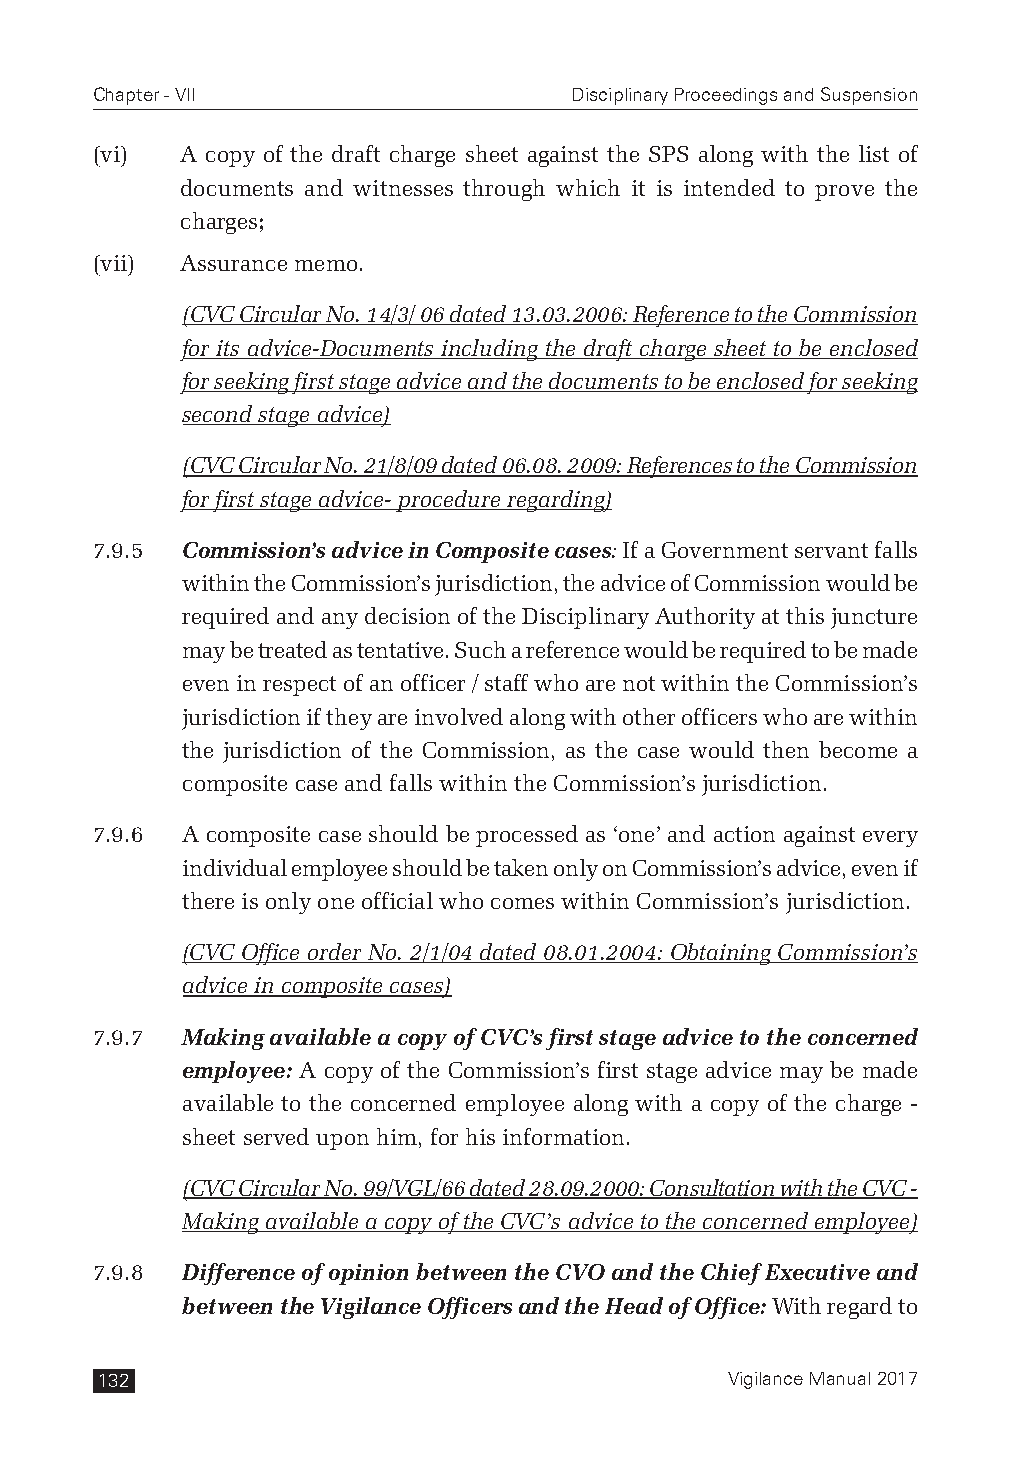
Chapter - VII                   Disciplinary Proceedings and Suspension
 (vi)  A copy of the draft charge sheet against the SPS along with the list of
 documents and witnesses through which it is intended to prove the
 charges;
 (vii) Assurance memo.
 (CVC Circular No. 14/3/ 06 dated 13.03.2006: Reference to the Commission
 for its advice-Documents including the draft charge sheet to be enclosed
 for seeking first stage advice and the documents to be enclosed for seeking
 second stage advice)
 (CVC Circular No. 21/8/09 dated 06.08. 2009: References to the Commission
 for first stage advice- procedure regarding)
 7.9.5 Commission’s advice in Composite cases: If a Government servant falls
 within the Commission’s jurisdiction, the advice of Commission would be
 required and any decision of the Disciplinary Authority at this juncture
 may be treated as tentative. Such a reference would be required to be made
 even in respect of an officer / staff who are not within the Commission’s
 jurisdiction if they are involved along with other officers who are within
 the jurisdiction of the Commission, as the case would then become a
 composite case and falls within the Commission’s jurisdiction.
 7.9.6 A composite case should be processed as ‘one’ and action against every
 individual employee should be taken only on Commission’s advice, even if
 there is only one official who comes within Commission’s jurisdiction.
 (CVC Office order No. 2/1/04 dated 08.01.2004: Obtaining Commission’s
 advice in composite cases)
 7.9.7 Making available a copy of CVC’s first stage advice to the concerned
 employee: A copy of the Commission’s first stage advice may be made
 available to the concerned employee along with a copy of the charge -
 sheet served upon him, for his information.
 (CVC Circular No. 99/VGL/66 dated 28.09.2000: Consultation with the CVC -
 Making available a copy of the CVC’s advice to the concerned employee)
 7.9.8 Difference of opinion between the CVO and the Chief Executive and
 between the Vigilance Officers and the Head of Office: With regard to
 132                                       Vigilance Manual 2017